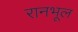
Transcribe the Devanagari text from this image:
रानभूल